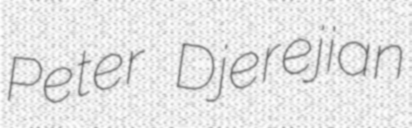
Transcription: Peter Djerejian